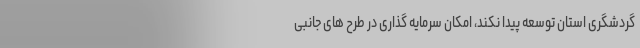
گردشگری استان توسعه پیدا نکند، امکان سرمایه گذاری در طرح های جانبی